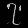
Digit: ၇